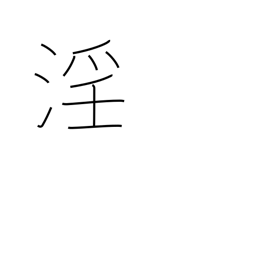
Meaning: licentiousness